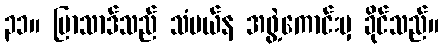
၃၁။ ပြာသာဒ်သည် သံမယ်န အဖွဲ့ကောင်းမှ ခိုင်သည်။